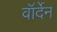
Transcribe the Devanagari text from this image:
वॉर्देन